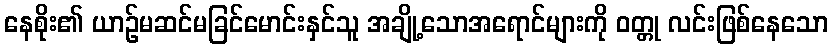
နေစိုး၏ ယာဉ်မဆင်မခြင်မောင်းနှင်သူ အချို့သောအရောင်များကို ဝတ္တု လင်းဖြစ်နေသော